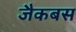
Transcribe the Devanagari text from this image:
जैकबस